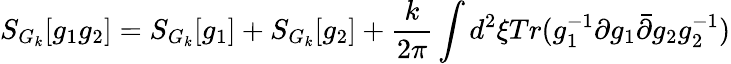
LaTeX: S_{G_{k}}[g_{1}g_{2}]=S_{G_{k}}[g_{1}]+S_{G_{k}}[g_{2}]+\frac{k}{2\pi}\int d^{2}\xi Tr(g_{1}^{-1}\partial g_{1}\bar{\partial}g_{2}g_{2}^{-1})